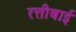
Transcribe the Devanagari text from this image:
रत्तीबाई